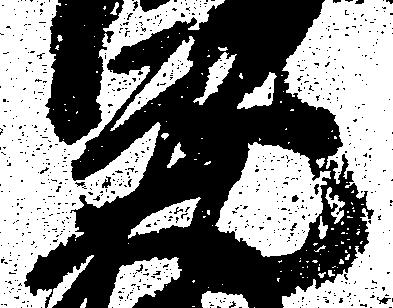
元